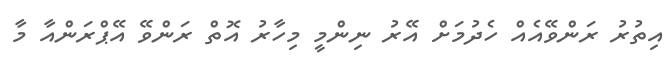
އިތުރު ރަންވޭއެއް ހެދުމަށް އޭރު ނިންމީ މިހާރު އޮތް ރަންވޭ އޭޕްރަންއާ މާ